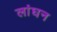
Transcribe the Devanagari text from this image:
लांघन